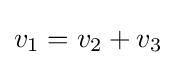
v_{1}=v_{2}+v_{3}